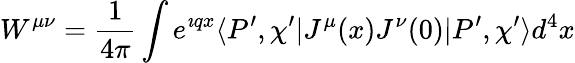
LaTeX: W^{\mu\nu}=\frac{1}{4\pi}\int e^{\imath qx}\langle P^{\prime},\chi^{\prime}|J^{\mu}(x)J^{\nu}(0)|P^{\prime},\chi^{\prime}\rangle d^{4}x